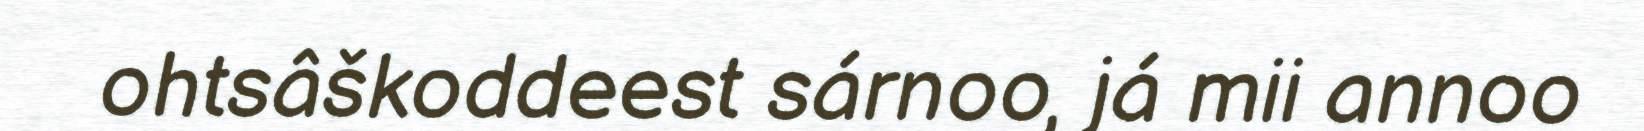
ohtsâškoddeest sárnoo, já mii annoo